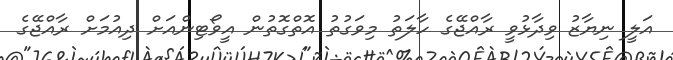
އަލީ ނިޔާޒު ވިދާޅުވީ ރާއްޖޭގެ ހާލަތު މިވަގުތު އޮތްގޮތުން އީވޯޓިންއަށް ދިއުމަށް ރާއްޖޭގެ